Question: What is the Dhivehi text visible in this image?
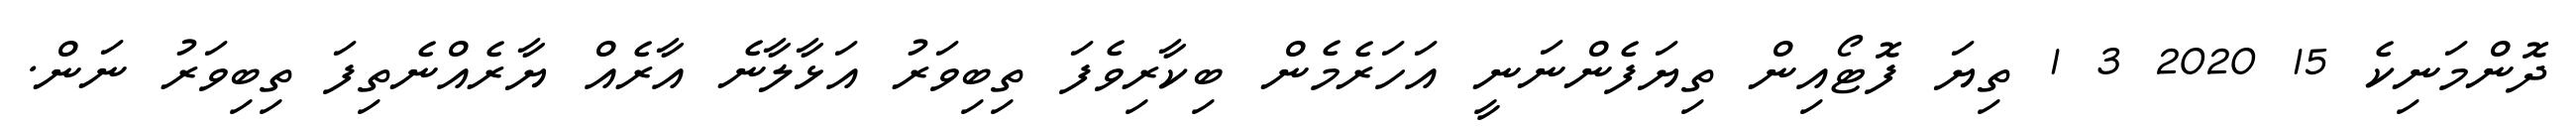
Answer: ދޮންމަނިކެ 15 2020 3 1 ތިޔަ ފޮޓޯއިން ތިޔަފެންނަނީ އަހަރެމެން ބިކާރިވެފަ ތިބިވަރު އަޅާލާނެ އާރެއް ޔާރެއްނެތިފަ ތިބިވަރު ނަން.